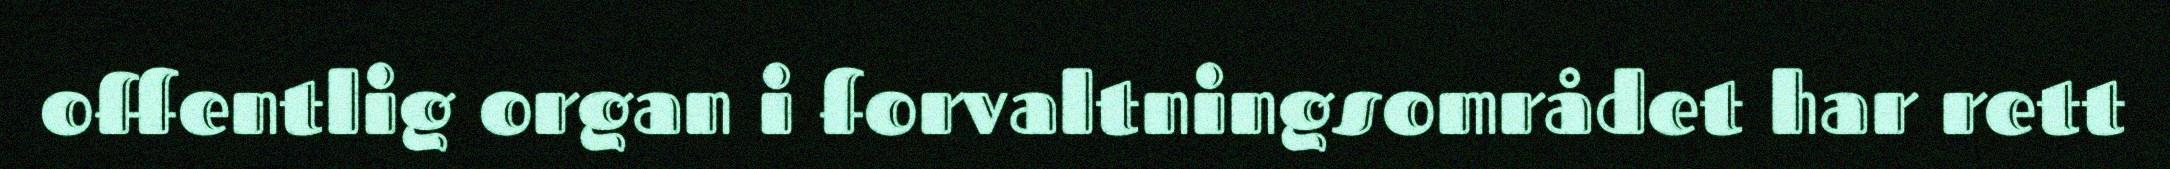
offentlig organ i forvaltningsområdet har rett